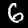
Digit: 6